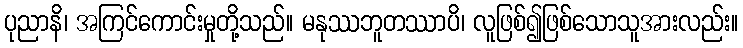
ပုညာနိ၊ အကြင်ကောင်းမှုတို့သည်။ မနုဿဘူတဿာပိ၊ လူဖြစ်၍ဖြစ်သောသူအားလည်း။